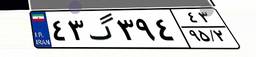
۶۳گ۶۱۰۳۰